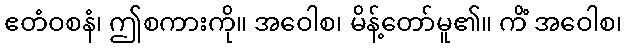
ဧတံဝစနံ၊ ဤစကားကို။ အဝေါစ၊ မိန့်တော်မူ၏။ ကိံ အဝေါစ၊